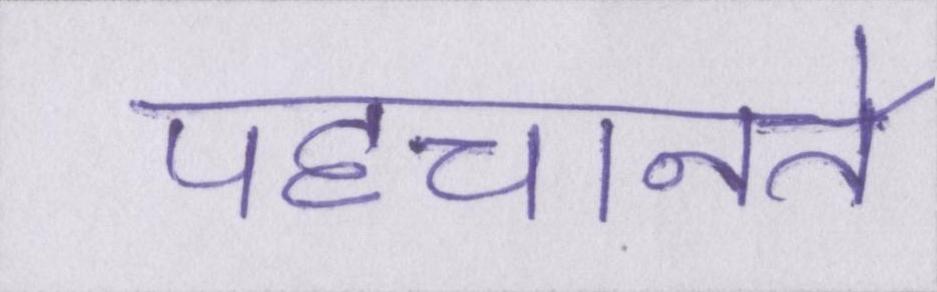
पहचानते